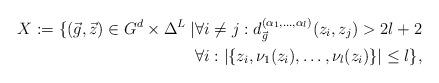
LaTeX: \begin{align*}X := \{(\vec{g},\vec{z})\in G^d\times\Delta^L\mid &\forall i\not=j: d_{\vec{g}}^{(\alpha_1,\ldots,\alpha_l)}(z_i,z_j)>2l+2 \\&\forall i: |\{z_i,\nu_1(z_i),\ldots,\nu_l(z_i)\}|\leq l\},\end{align*}